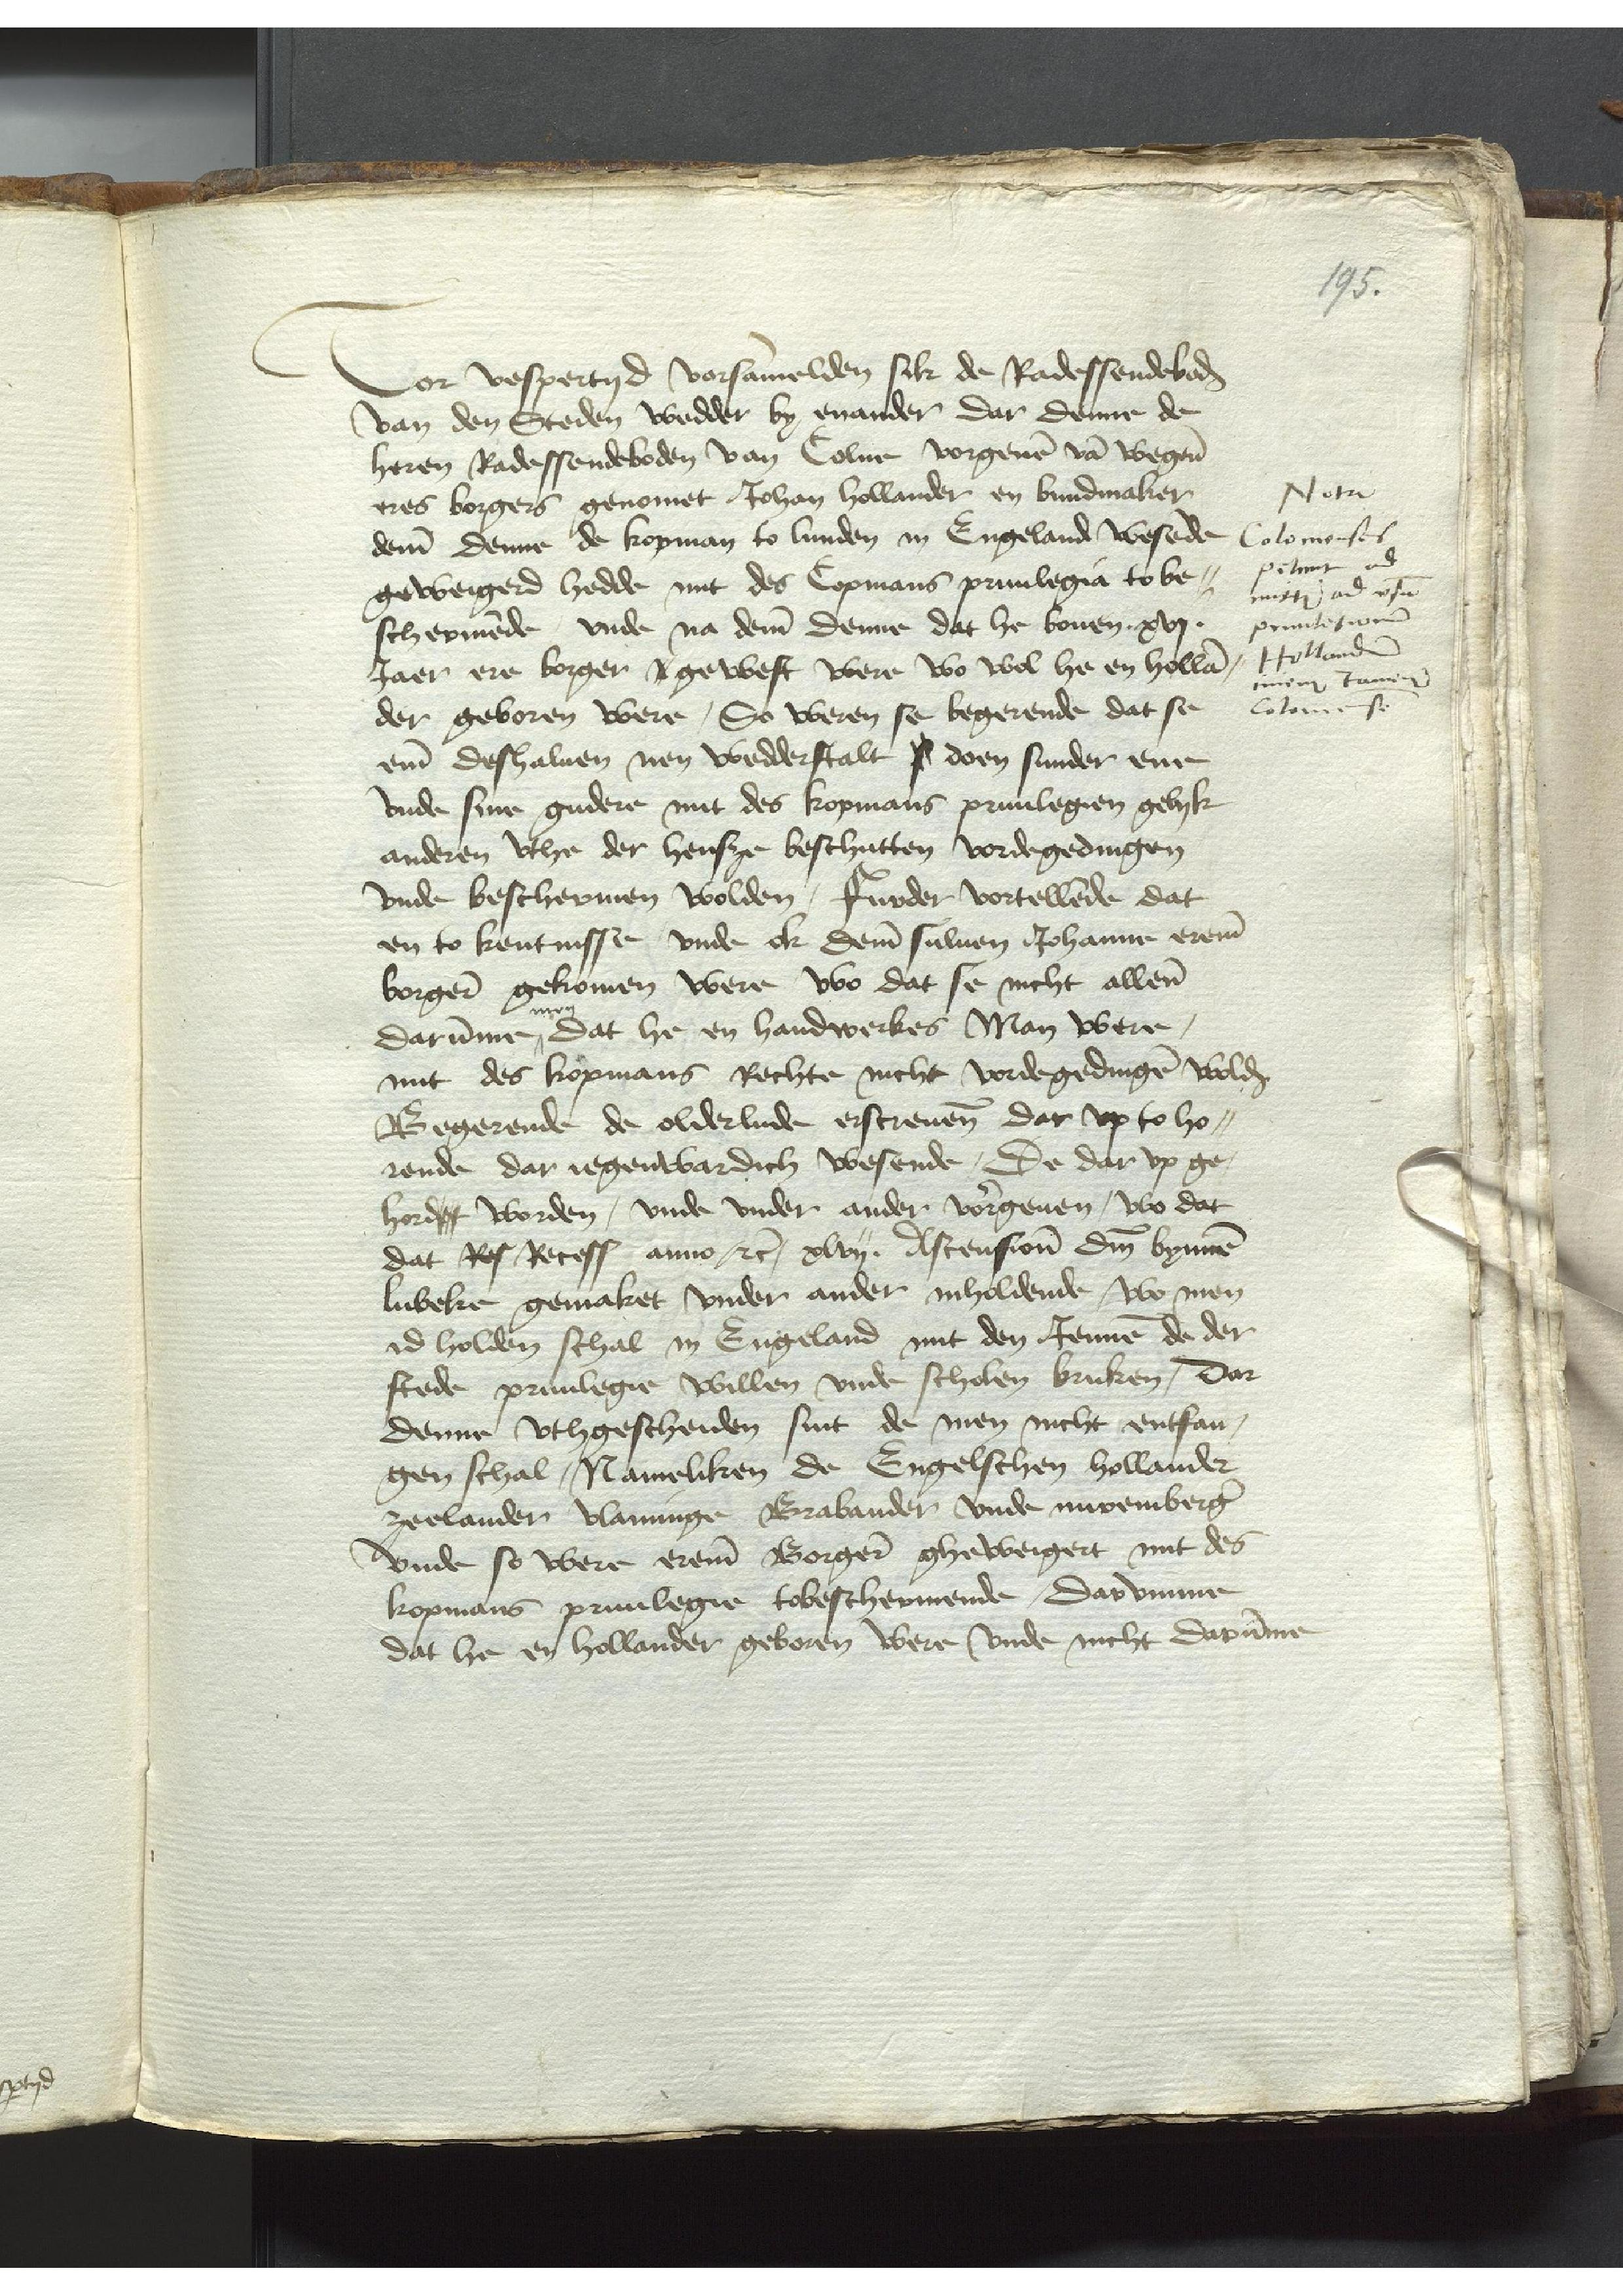
Vor vespertyd vorsammelden sik de Radessendebaden
van den Steden wedder by enander dar denne de
heren Radessendeboden van Colne vorgeuen van wegene
eres borgers genomet Johan Hollander en bundmaker
deme denne de kopman to Lunden in Engeland wesede
geweigerd hedde mit des Copmans priuilegia to be¬
schermende, vnde na deme denne dat he bouen xvj.
Jaer ere borger A gewest were wo wol he en Hollan¬
der geboren were, So weren se begerende dat se
eme deshaluen nen wedderstalt s doen sunder ene
vnde sine gudere mit des kopmans priuilegien gelyk
anderen vthe der Hense beschutten vordegedingen
vnde beschermen wolden, Furder vortellende dat
en to kentnisse vnde ok deme suluen Johanne ereme
borgern gekomen were wo dat se nicht allenen
darumme men dat he en Handwerkes Man were,
mit des kopmans Rechte nicht vordegedingen wolden
Begerende de olderlude erscreuenn dar vp to ho¬
rende dar iegenwbardich wesende, De dar vp ge¬
hordet worden, vnde vnder ander vorgeuen, wo dat
dat Res Recess anno etc, xlvij. Ascensionis domini bynnen
Lubeke gemaket vnder ander inholdende, wo men
id holden schal in Engeland mit den Jennen de der
stede priuilegie willen vnde scholen bruken, Dar
denne vthgescheiden sint de men nicht entfan¬
gen schal, Nameliken de Engelschen Hollander
Zeelander vlaminge Brabander vnde nuremberger
vnde so were ereme Borgere gheweigert mit des
kopmans priuilegie tobeschermende, Dar vmme
dat he en Hollander geboren were vnde nicht darumme

Nota
Colonienses
Petunt ad
mittendum, ad vsum
priuilegiorum
Hollandum
einen Tamee
Coloniense